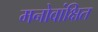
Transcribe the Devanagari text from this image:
मनोवांक्षित